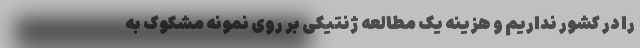
را در کشور نداریم و هزینه یک مطالعه ژنتیکی بر روی نمونه مشکوک به